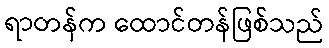
ရာတန်က ထောင်တန်ဖြစ်သည်